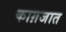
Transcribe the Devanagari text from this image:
काग़जात